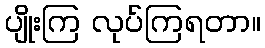
ပျိုးကြ လုပ်ကြရတာ။